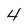
Character: 4